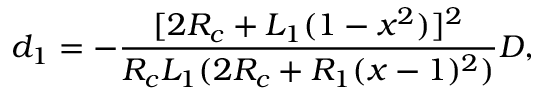
d _ { 1 } = - \frac { [ 2 R _ { c } + L _ { 1 } ( 1 - x ^ { 2 } ) ] ^ { 2 } } { R _ { c } L _ { 1 } ( 2 R _ { c } + R _ { 1 } ( x - 1 ) ^ { 2 } ) } D ,